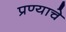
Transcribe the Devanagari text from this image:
प्रण्याचे